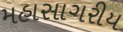
મહાસાગરીય